Indian journal of veterinary science and animal husbandry - Volume 2,
Year: 1932
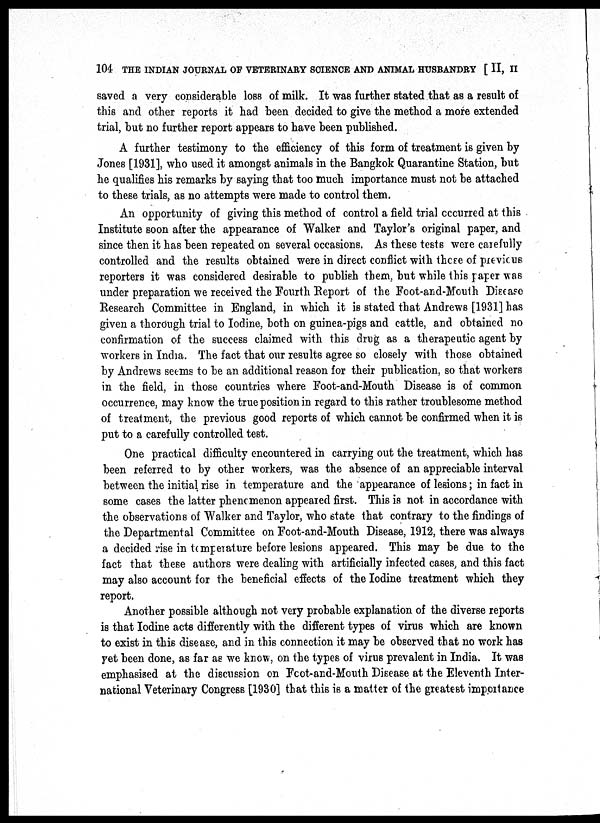
104 THE INDIAN JOURNAL OF VETERINARY SCIENCE AND ANIMAL HUSBANDRY [ II, II
saved a very considerable loss of milk. It was further stated that as a result of
this and other reports it had been decided to give the method a more extended
trial, but no further report appears to have been published.
A further testimony to the efficiency of this form of treatment is given by
Jones [1931], who used it amongst animals in the Bangkok Quarantine Station, but
he qualifies his remarks by saying that too much importance must not be attached
to these trials, as no attempts were made to control them.
An opportunity of giving this method of control a field trial occurred at this
Institute soon after the appearance of Walker and Taylor's original paper, and
since then it has been repeated on several occasions. As these tests were carefully
controlled and the results obtained were in direct conflict with these of previous
reporters it was considered desirable to publish them, but while this paper was
under preparation we received the Fourth Report of the Foot-and-Mouth Disease
Research Committee in England, in which it is stated that Andrews [1931] has
given a thorough trial to Iodine, both on guinea-pigs and cattle, and obtained no
confirmation of the success claimed with this drug as a therapeutic agent by
workers in India. The fact that our results agree so closely with those obtained
by Andrews seems to be an additional reason for their publication, so that workers
in the field, in those countries where Foot-and-Mouth Disease is of common
occurrence, may know the true position in regard to this rather troublesome method
of treatment, the previous good reports of which cannot be confirmed when it is
put to a carefully controlled test.
One practical difficulty encountered in carrying out the treatment, which has
been referred to by other workers, was the absence of an appreciable interval
between the initial rise in temperature and the appearance of lesions; in fact in
some cases the latter phenomenon appeared first. This is not in accordance with
the observations of Walker and Taylor, who state that contrary to the findings of
the Departmental Committee on Foot-and-Mouth Disease, 1912, there was always
a decided rise in temperature before lesions appeared. This may be due to the
fact that these authors were dealing with artificially infected cases, and this fact
may also account for the beneficial effects of the Iodine treatment which they
report.
Another possible although not very probable explanation of the diverse reports
is that Iodine acts differently with the different types of virus which are known
to exist in this disease, and in this connection it may be observed that no work has
yet been done, as far as we know, on the types of virus prevalent in India. It was
emphasised at the discussion on Foot-and-Mouth Disease at the Eleventh Inter-
national Veterinary Congress [1930] that this is a matter of the greatest importance